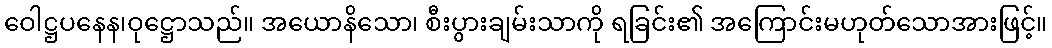
ဝေါဋ္ဌပနေန၊ဝုဋ္ဌောသည်။ အယောနိသော၊ စီးပွားချမ်းသာကို ရခြင်း၏ အကြောင်းမဟုတ်သောအားဖြင့်။